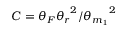
C = { \theta _ { F } { \theta _ { r } } ^ { 2 } } / { { \theta _ { m _ { 1 } } } ^ { 2 } }